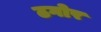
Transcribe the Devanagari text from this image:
ठगोर